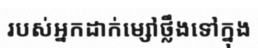
របស់អ្នកដាក់ម្សៅថ្លឹងទៅក្នុង